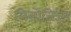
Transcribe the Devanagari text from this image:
सिलोजिज़्म